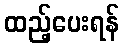
ထည့်ပေးရန်